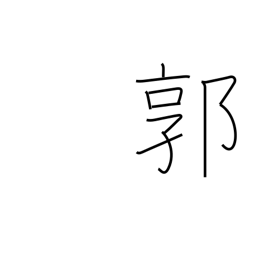
Meaning: red-light district